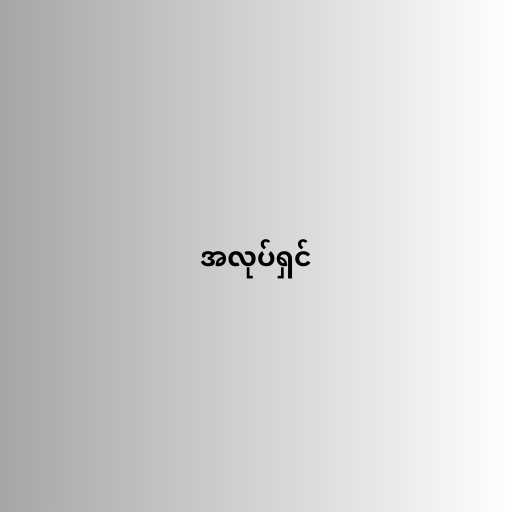
အလုပ်ရှင်